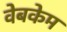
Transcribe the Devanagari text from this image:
वेबकेम